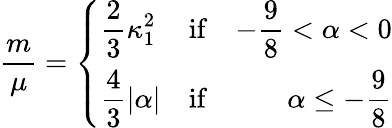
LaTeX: \frac{m}{\mu}=\left\{ \begin{array}{lcr}{{\displaystyle\frac{2}{3}\kappa_{1}^{2}}}&{{\mathrm{if}}}&{{\displaystyle-\frac{9}{8}<\alpha<0}}\\ {{\displaystyle\frac{4}{3}|\alpha|}}&{{\mathrm{if}}}&{{\displaystyle\alpha\le-\frac{9}{8}}}\end{array}\right.